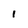
Character: I